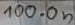
Text: 100.0n